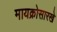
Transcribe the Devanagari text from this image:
मायक्रोसारखे